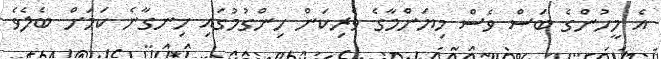
އެ މީހުންގެ ބަސް ވެސް މިޔަންމާގެ ވެރިކަން ހިންގުމުގައި ހިނގާނެ ކަމަށް ބެލެވެ